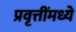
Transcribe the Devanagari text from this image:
प्रवृत्तींमध्ये